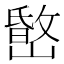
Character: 𡼐